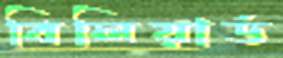
বিলিয়ার্ড